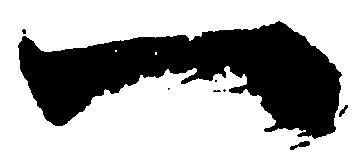
一